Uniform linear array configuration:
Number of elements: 24
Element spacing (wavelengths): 0.5
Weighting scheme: uniform
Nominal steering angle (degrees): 60
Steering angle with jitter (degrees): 59.369
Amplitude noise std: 0.05
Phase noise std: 0.05

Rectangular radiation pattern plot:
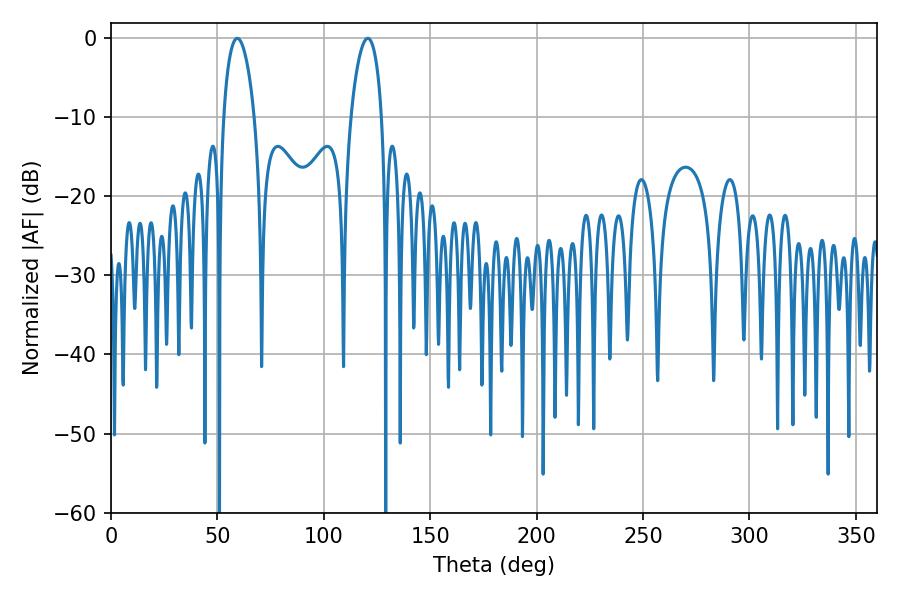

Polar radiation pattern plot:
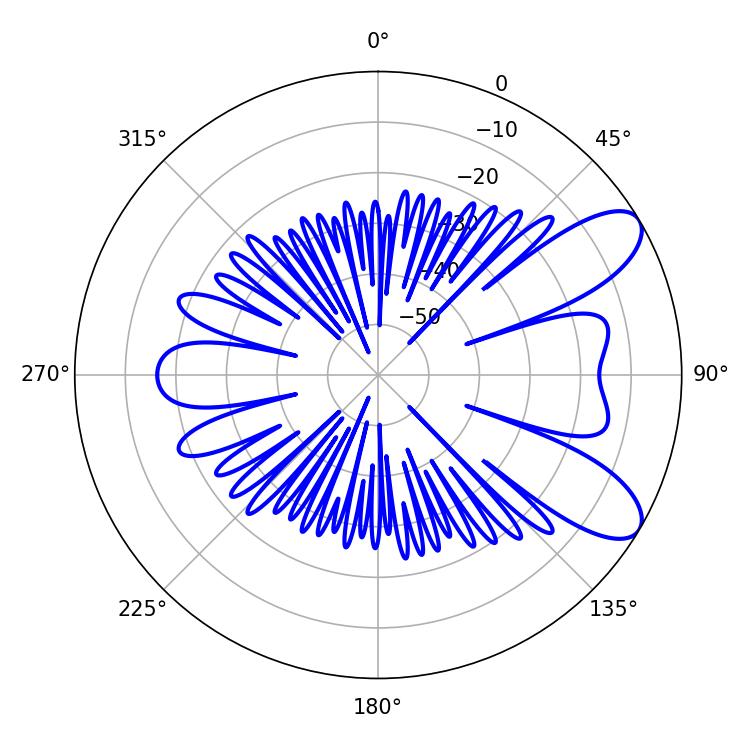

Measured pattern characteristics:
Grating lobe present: FALSE
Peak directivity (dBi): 8.638
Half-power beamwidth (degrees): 8.28
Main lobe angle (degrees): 59.4